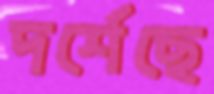
দর্শেছে